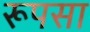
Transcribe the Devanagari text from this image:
रूपसा